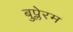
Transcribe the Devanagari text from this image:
बुप्लेरम